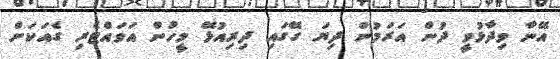
އޭނާ ވިދާޅުވީ ދުން އަރަމުން ދިޔަ ގޭގައި ދިރިއުޅޭ މީހުން އަވައްޓެރި ގެއަކަށް